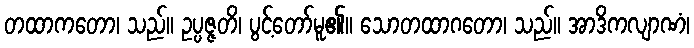
တထာကတော၊ သည်။ ဥပ္ပဇ္ဇတိ၊ ပွင့်တော်မူ၏။ သောတထာဂတော၊ သည်။ အာဒိကလျာဏံ၊